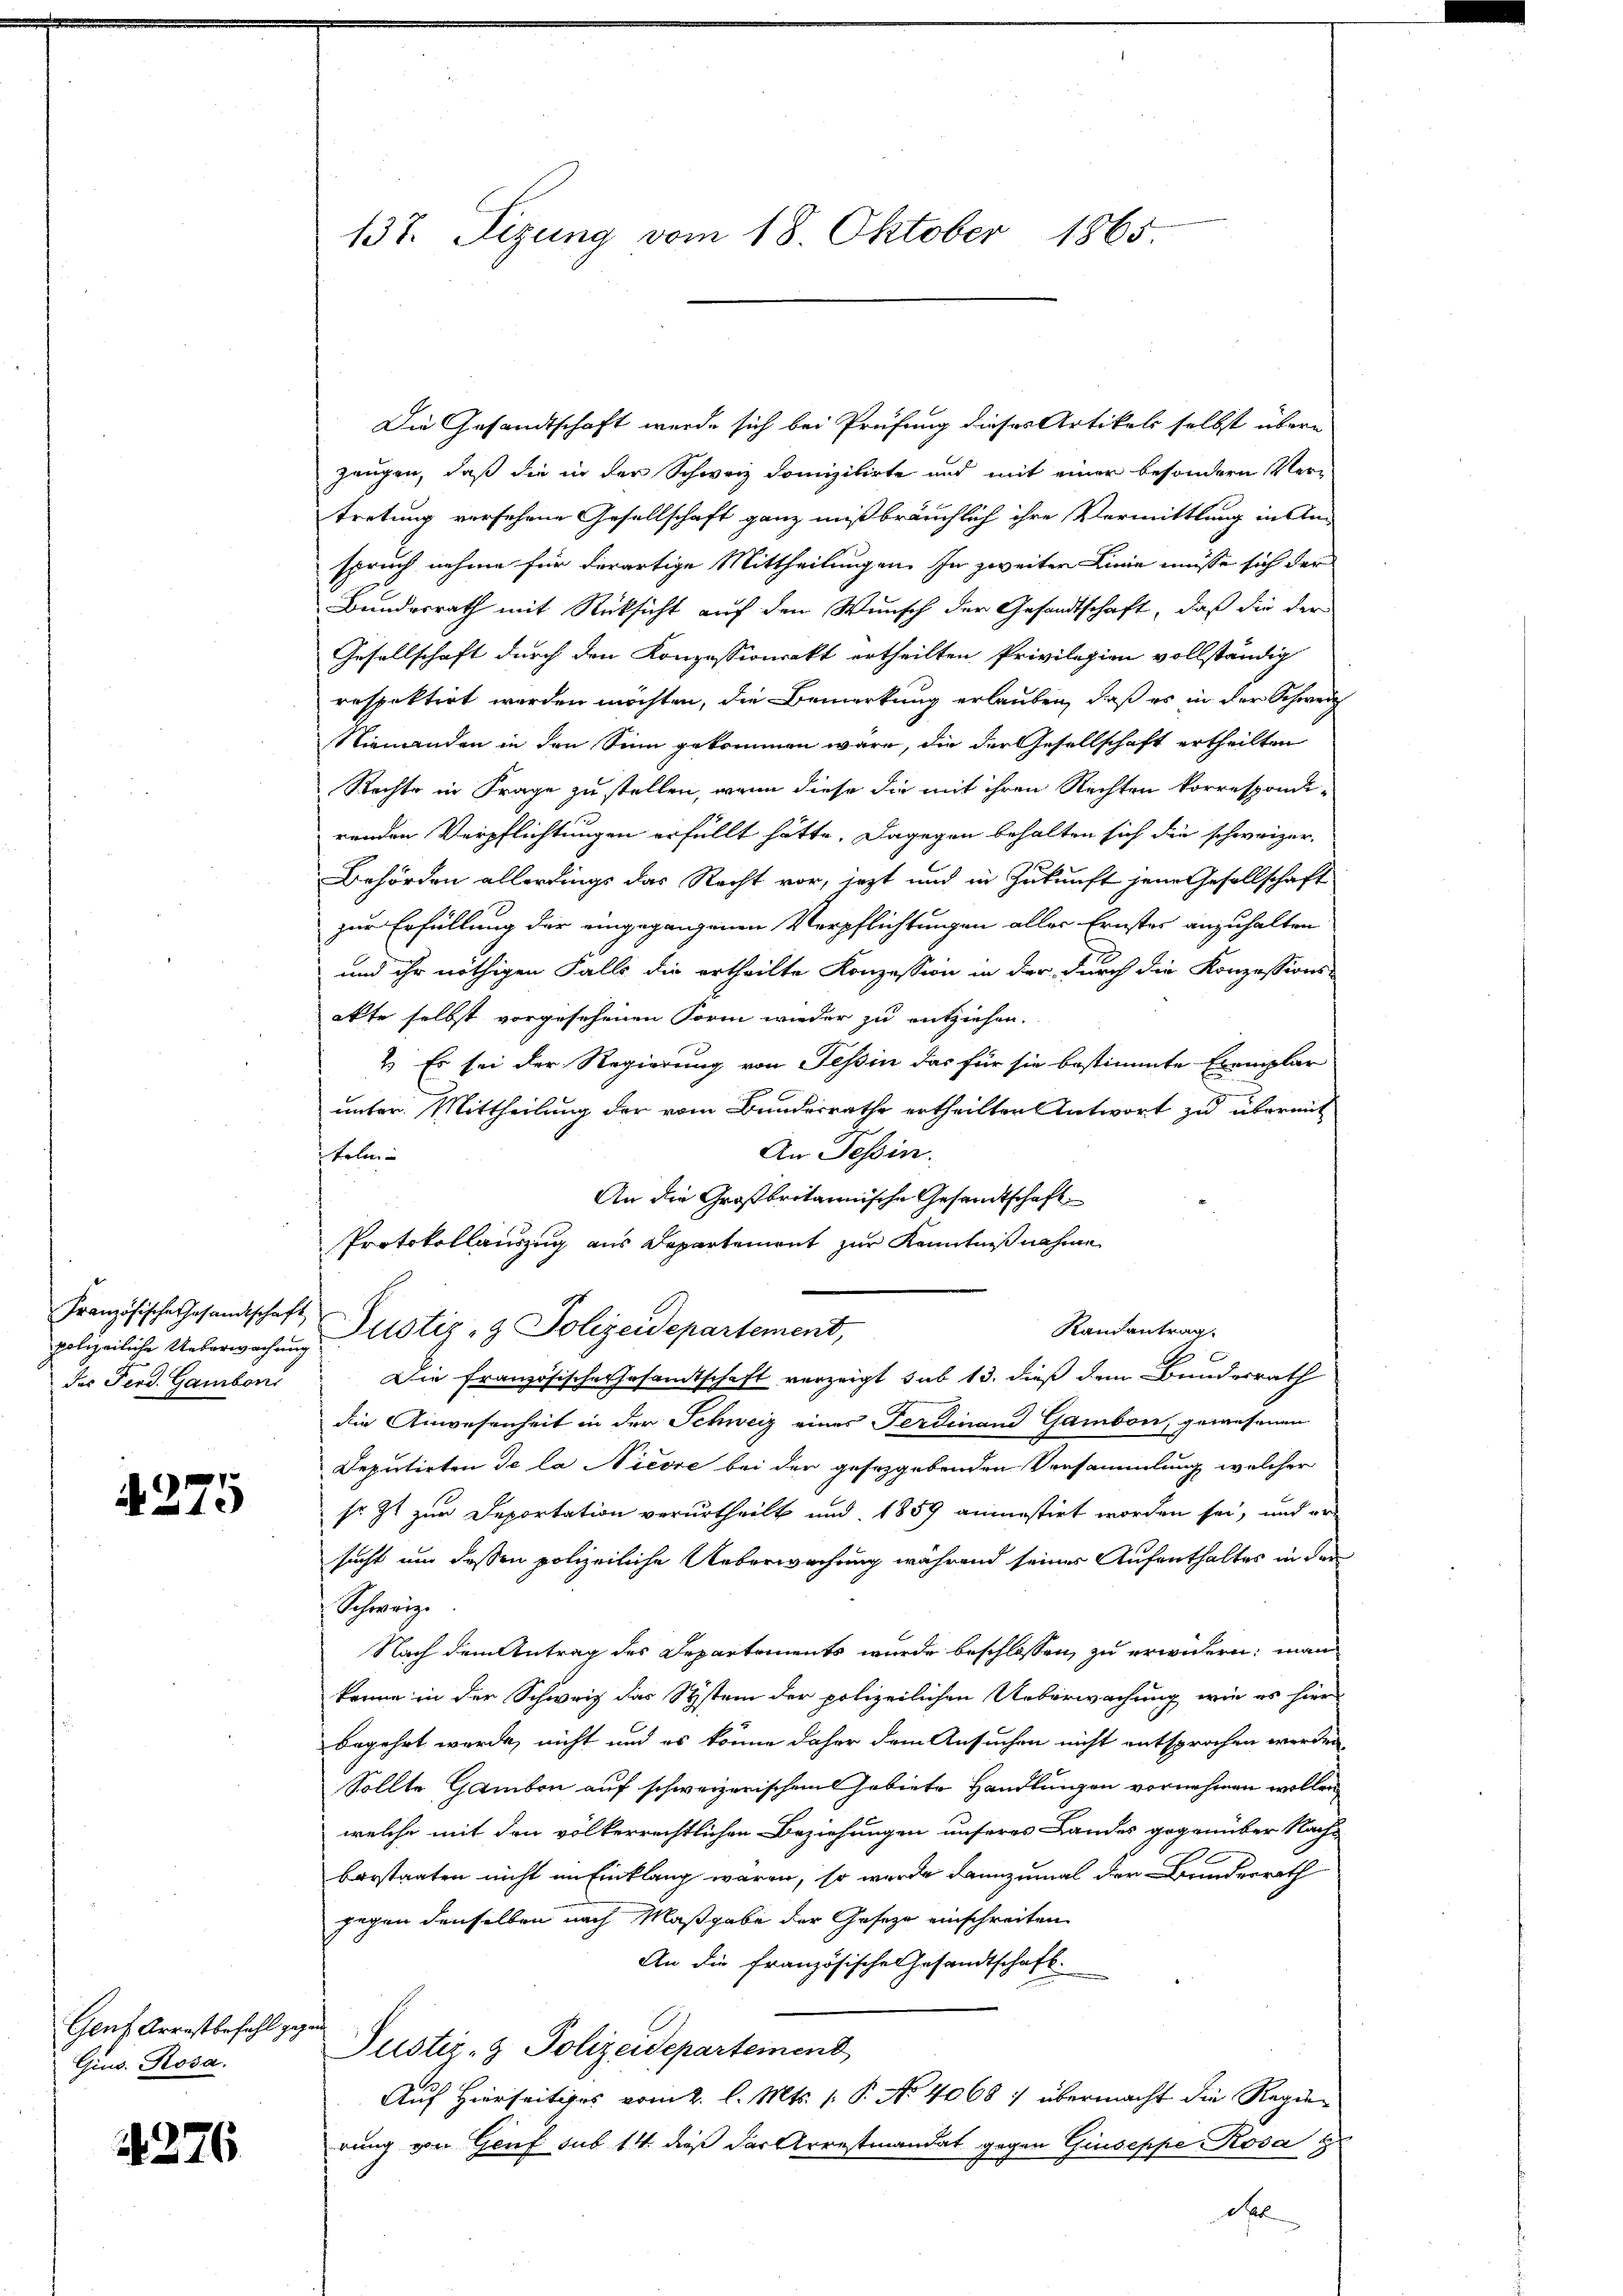
polizeiliche Ueberwachung
des Ferd. Gambon

4275

Genf Arrestbefahl gegan
Gius. Rosa.

4276

Die Gesandtschaft werde sich bei Prüfung dieses Artikels selbst übern
Zeugen, daß die in der Schweiz domizilirte und mit einer besondern Vertretung verfehene Gesellschaft ganz mißbräuchlich ihre Vermittlung in An
spruch nehme für derartige Mittheilungen in zweiter Linie müsse sich der
Bundesrath mit Rücksicht auf den Wunsch der Gesandtschaft, daß die der
Gesellschaft durch den Konzessionsakt ertheilten Privilegien vollständig
respektirt werden möchten, die Bemerkung erlauben, daß es in der Schweiz
Niemanden in den Sinn gekommen wäre, die der Gesellschaft ertheilten
Rechte in Frage zu stellen, wenn diese die mit ihren Rechten korrespondi-
renden Verpflichtungen erfüllt hätte. Dagegen behalten sich die schweizer-
Behörden allerdings das Recht vor, jezt und in Zukunft jene Gesellschaft
zur Erfüllung der eingegangenen Verpflichtungen aller Ernster anzuhalten
und ihr nöthigen Falls die ertheilte Konzession in der durch die Konzessions-
akte selbst vorgesehenen Form wieder zu entziehen.
2. Es sei der Regierung von Tessin das für sie bestimmte Exemplar
unter. Mittheilung der vom Bundesrathe ertheilten Antwort zu übermit
An Tessin.
tele
An die Großbritannische Gesandtschaft
Protokollauszug aus Departement zur Kenntniß nahme
Französische Gesandtschaft, Pustiz- & Polizeidepartement,
Kamantrag.
E
Die Französische Gesamtschaft verzeigt, sub 13. dieß dem Bundesrath
die Anwesenheit in der Schweiz eines Ferdinand Gambon, gewesenen
Deputirten de la Nicore bei der gesezgebenden Versammlung welcher
sr. Zt zur Deportation verurtheilt und 1859 anmestirt worden sei, und er-
sucht um dessen polizeiliche Ueberwachung während seiner Aufenthaltes in der
Schwärze
Nach dem Antrag des Departements wurde beschlossen, zu erwidern, man
könne in der Schweiz das System der polizeilichen Ueberwachung wie es hier
begehrt werde, nicht und es könne daher dem Ansuchen nicht entsprochen werden,
Sollte Hamben auf schweizerischen Gebiete Handlungen vornehmen wollen
welche mit den völkerrechtlichen Beziehungen unseres Landes gegenüber Nachbarstaaten nicht im Einklang waren, so wurde dannzumal der Bundesrath
gegen denselben nach Maßgabe der Gesetze einschreiten
An die französische Gesandtschaft
Justiz- & Polizeidepartement
Auf Hierseitiges vom 2. l. Mts. (: P. No 4068: übermacht die Regierung von Genf sub 14. dieß der Arrestmandat gegen Giuseppe Rosa
Pr

137. Sizung vom 18. Oktober 1865